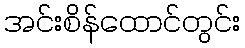
အင်းစိန်ထောင်တွင်း